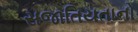
સજાતિયતાનો